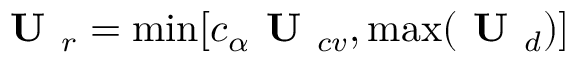
\textbf { U } _ { r } = \operatorname* { m i n } [ c _ { \alpha } \textbf { U } _ { c v } , \operatorname* { m a x } ( \textbf { U } _ { d } ) ]